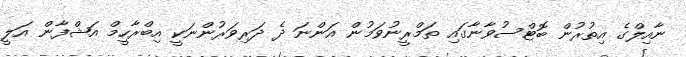
ނާއިލްގެ އިތުރުން ބޮޓްސުވާނާގައި ތަމްރީނުވަމުން އަންނަ ދެ ދަރިވަރުންނަކީ އިބްރާހީމް އަޝްފާން އަލީ